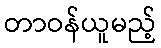
တာဝန်ယူမည့်